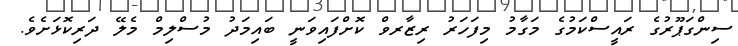
ސިންގަޕޫރުގެ ރައީސްކަމުގެ މަގާމު މިފަހަރު ރިޒާރވް ކޮށްފައިވަނީ ބައިމަދު މުސްލިމް މެލޭ ދަރިކޮޅަށެވެ.